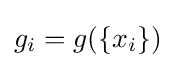
{\textstyle g_{i}=g(\{x_{i}\})}